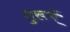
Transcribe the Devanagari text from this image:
शुरूमें